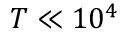
T \ll 1 0 ^ { 4 }